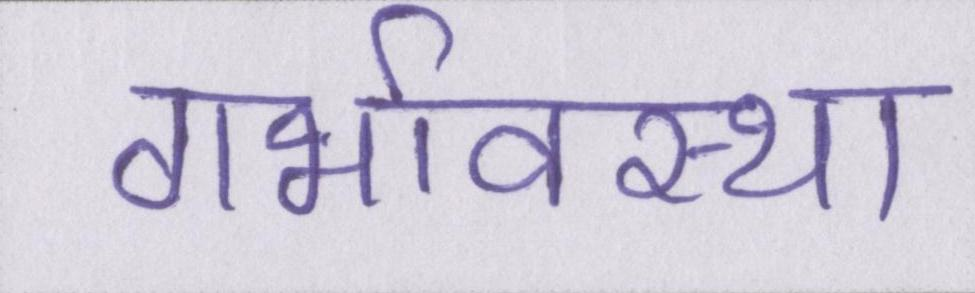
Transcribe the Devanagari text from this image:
गर्भावस्था